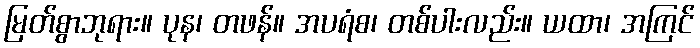
မြတ်စွာဘုရား။ ပုန၊ တဖန်။ အပရံစ၊ တစ်ပါးလည်း။ ယထာ၊ အကြင်